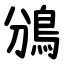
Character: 鳻